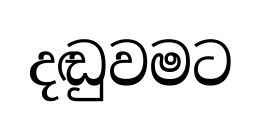
දඬුවමට